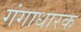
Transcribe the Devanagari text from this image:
गंगाधारक